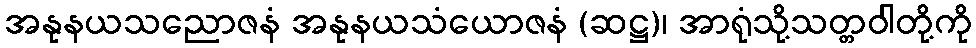
အနုနယသညောဇနံ အနုနယသံယောဇနံ (ဆဋ္ဌ)၊ အာရုံသို့သတ္တဝါတို့ကို